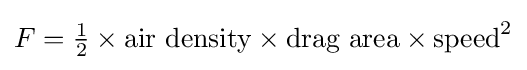
F={\tfrac {1}{2}}\times {\text{air density}}\times \mathbf {\text{drag area}} \times {\text{speed}}^{2}